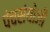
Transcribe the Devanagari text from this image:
पंचसंयोजी